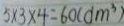
5 \times 3 \times 4 = 6 0 ( d m ^ { 3 } )